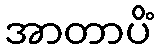
အာတာပိံ